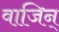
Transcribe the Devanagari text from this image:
वाजिन्